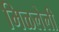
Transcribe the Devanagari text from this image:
मिळलेली